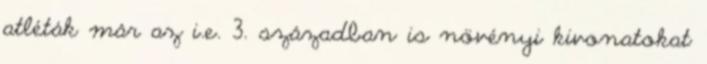
atléták már az i.e. 3. században is növényi kivonatokat